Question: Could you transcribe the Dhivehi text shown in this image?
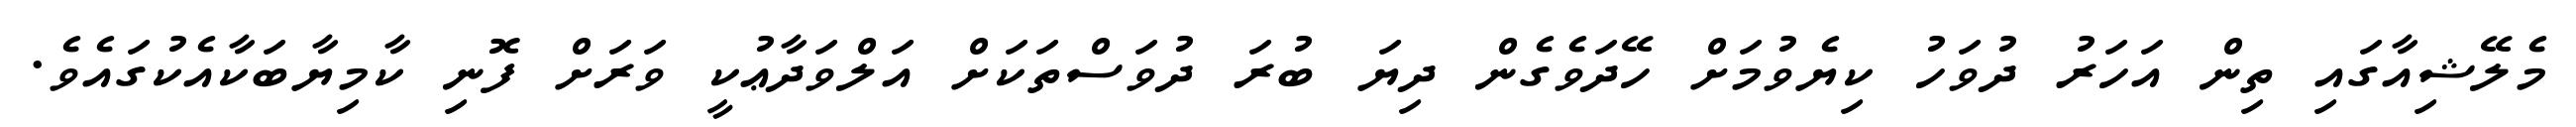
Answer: މެލޭޝިއާގައި ތިން އަހަރު ދުވަހު ކިޔެވުމަށް ހޭދަވެގެން ދިޔަ ބުރަ ދުވަސްތަކަށް އަލްވަދާޢުކީ ވަރަށް ފޮނި ކާމިޔާބަކާއެކުގައެވެ.